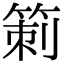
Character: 箣